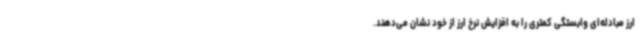
ارز مبادله‌ای وابستگی کمتری را به افزایش نرخ ارز از خود نشان می‌دهند.